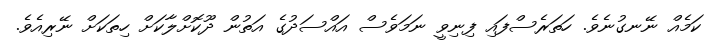
ކަމެއް ނޭނގުނެވެ. ހަތަރެސްފައި ފިނިވީ ނަމަވެސް އައްސަދުގެ އަތުން ދޫކޮށްލާކަށް ހިތަކަށް ނޭރިއެވެ.